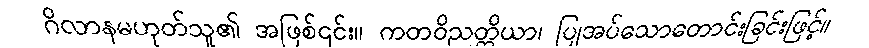
ဂိလာနမဟုတ်သူ၏ အဖြစ်၎င်း။ ကတဝိညတ္တိယာ၊ ပြုအပ်သောတောင်းခြင်းဖြင့်။